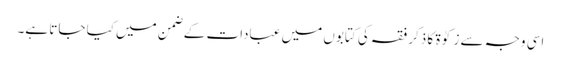
اسی وجہ سے زکوٰۃ کا ذکر فقہ کی کتابوں میں عبادات کے ضمن میں کیا جاتا ہے۔